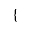
\{